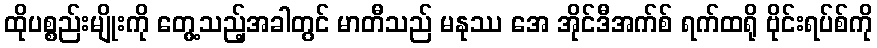
ထိုပစ္စည်းမျိုးကို တွေ့သည့်အခါတွင် မာတီသည် မနုဿ အေ အိုင်ဒီအက်စ် ရက်ထရို ဗိုင်းရပ်စ်ကို